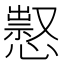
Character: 𢡈